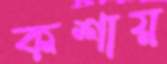
কশায়